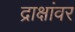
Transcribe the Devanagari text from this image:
द्राक्षांवर